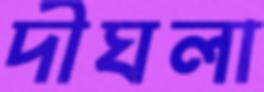
দীঘলা